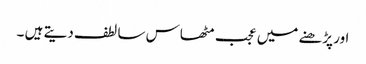
اور پڑھنے میں عجب مٹھاس سا لطف دیتے ہیں ۔